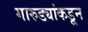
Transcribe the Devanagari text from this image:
गारुड्यांकडून